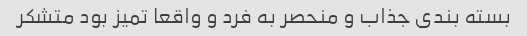
بسته بندی جذاب و منحصر به فرد و واقعا تمیز بود متشکر